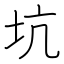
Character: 坑